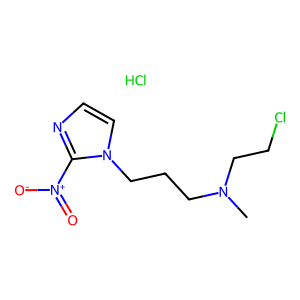
SMILES: CN(CCCl)CCCn1ccnc1[N+](=O)[O-].Cl
Inhibits HIV replication: No